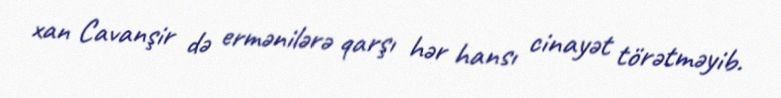
xan Cavanşir də ermənilərə qarşı hər hansı cinayət törətməyib.